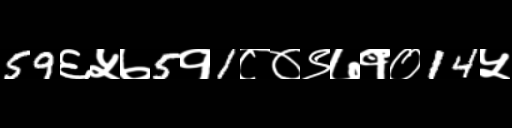
Text: 59६५७5१1८०९७१०14५